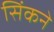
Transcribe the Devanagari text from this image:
सिंकने